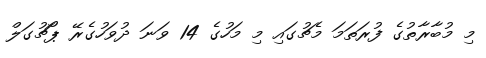
މި މުބާރާތުގެ ފުރަތަމަ މެޗުގައި މި މަހުގެ 14 ވަނަ ދުވަހުގެރޭ ޕޯޗުގަލް